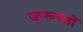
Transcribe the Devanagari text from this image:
ज़रूरतोँ